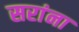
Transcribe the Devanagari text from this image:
सरांना